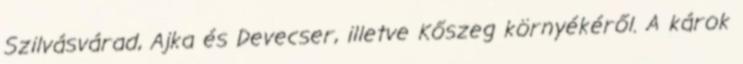
Szilvásvárad, Ajka és Devecser, illetve Kőszeg környékéről. A károk